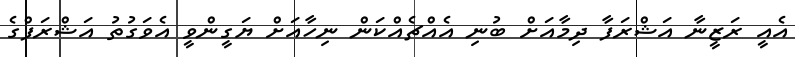
އެއީ ރަޒީނާ އަޝްރަފާ ދިމާއަށް ބުނި އެއްޗެއްކަން ނިހާއަށް ޔަގީންވީ އެވަގުތު އަޝްރަފްގެ